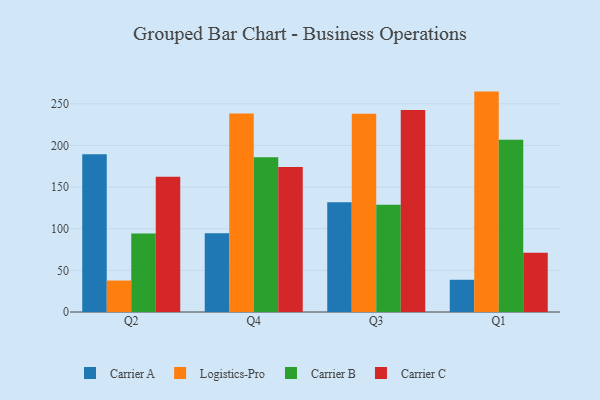
{"axis": {"x": "Quarter", "y": "Churn Rate (%)"}, "legend": ["Carrier A", "Carrier B", "Carrier C", "Logistics-Pro"], "data": [{"x": "Q2", "y": 189.4, "type": "Carrier A"}, {"x": "Q2", "y": 37.8, "type": "Logistics-Pro"}, {"x": "Q2", "y": 94.2, "type": "Carrier B"}, {"x": "Q2", "y": 162.5, "type": "Carrier C"}, {"x": "Q4", "y": 94.5, "type": "Carrier A"}, {"x": "Q4", "y": 238.4, "type": "Logistics-Pro"}, {"x": "Q4", "y": 186.0, "type": "Carrier B"}, {"x": "Q4", "y": 174.0, "type": "Carrier C"}, {"x": "Q3", "y": 131.7, "type": "Carrier A"}, {"x": "Q3", "y": 238.1, "type": "Logistics-Pro"}, {"x": "Q3", "y": 128.9, "type": "Carrier B"}, {"x": "Q3", "y": 242.5, "type": "Carrier C"}, {"x": "Q1", "y": 38.7, "type": "Carrier A"}, {"x": "Q1", "y": 264.7, "type": "Logistics-Pro"}, {"x": "Q1", "y": 207.0, "type": "Carrier B"}, {"x": "Q1", "y": 71.2, "type": "Carrier C"}]}